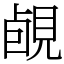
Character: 䚃